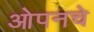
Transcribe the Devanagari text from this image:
ओपनचे